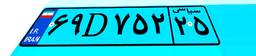
۷۴D۰۰۶۱۱